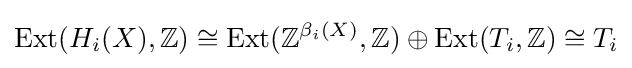
\operatorname {Ext} (H_{i}(X),\mathbb {Z} )\cong \operatorname {Ext} (\mathbb {Z} ^{\beta _{i}(X)},\mathbb {Z} )\oplus \operatorname {Ext} (T_{i},\mathbb {Z} )\cong T_{i}